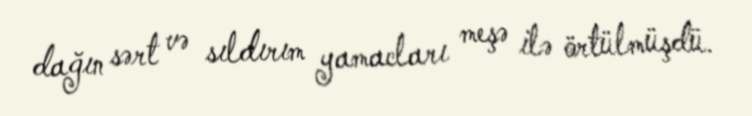
dağın sərt və sıldırım yamacları meşə ilə örtülmüşdü.